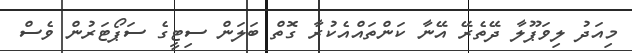
މިއަދު ލިވަޕޫލާ ދޭތެރޭ އޭނާ ކަންތައްއެކުރާ ގޮތް ބަލަން ސިޓީގެ ސަޕޯޓަރުން ވެސް